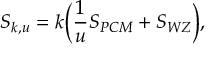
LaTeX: S _ { k , u } = k \Big ( { \frac { 1 } { u } } S _ { P C M } + S _ { W Z } \Big ) ,